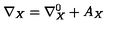
\nabla _ { X } = \nabla _ { X } ^ { 0 } + A _ { X }